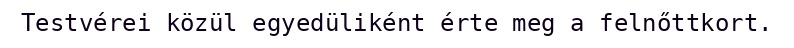
Testvérei közül egyedüliként érte meg a felnőttkort.